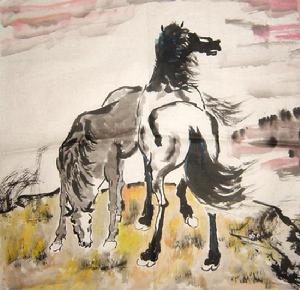
五原秋草绿，胡马一何骄。